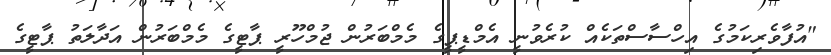
"އުފާވެރިކަމުގެ އިހްސާސްތަކެއް ކުރެވުނީ އެމްޑީޕީގެ މެމްބަރުން ޖުމްހޫރީ ޕާޓީގެ މެމްބަރުން އަދާލަތު ޕާޓީގެ